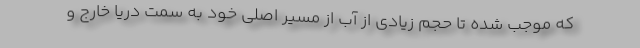
که موجب شده تا حجم زیادی از آب از مسیر اصلی خود به سمت دریا خارج و